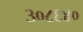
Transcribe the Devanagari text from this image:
३०८६४०